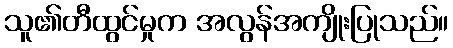
သူ၏တီထွင်မှုက အလွန်အကျိုးပြုသည်။